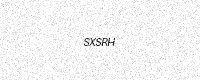
Text: SXSRH